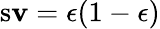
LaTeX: \operatorname{s\mathbf{v}}=\epsilon(1-\epsilon)